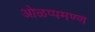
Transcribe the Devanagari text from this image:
ओळप्पमण्ण